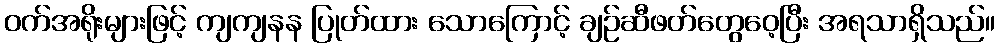
ဝက်အရိုးများဖြင့် ကျကျနန ပြုတ်ထား သောကြောင့် ချဉ်ဆီဖတ်တွေဝေ့ပြီး အရသာရှိသည်။